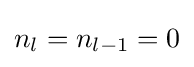
n_{l}=n_{l-1}=0